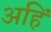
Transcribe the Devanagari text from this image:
अहिं